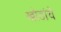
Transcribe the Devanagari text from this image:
खोडांचे